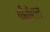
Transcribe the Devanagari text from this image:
पीकेएल